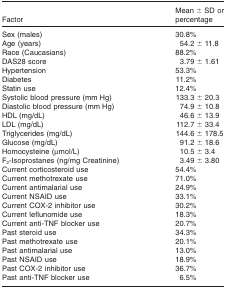
<table><thead><tr><td><b>Factor</b></td><td><b>Mean ± SD or percentage</b></td></tr></thead><tbody><tr><td>Sex (males)</td><td>30.8%</td></tr><tr><td>Age (years)</td><td>54.2 ± 11.8</td></tr><tr><td>Race (Caucasians)</td><td>88.2%</td></tr><tr><td>DAS28 score</td><td>3.79 ± 1.61</td></tr><tr><td>Hypertension</td><td>53.3%</td></tr><tr><td>Diabetes</td><td>11.2%</td></tr><tr><td>Statin use</td><td>12.4%</td></tr><tr><td>Systolic blood pressure (mm Hg)</td><td>133.3 ± 20.3</td></tr><tr><td>Diastolic blood pressure (mm Hg)</td><td>74.9 ± 10.8</td></tr><tr><td>HDL (mg/dL)</td><td>46.6 ± 13.9</td></tr><tr><td>LDL (mg/dL)</td><td>112.7 ± 33.4</td></tr><tr><td>Triglycerides (mg/dL)</td><td>144.6 ± 178.5</td></tr><tr><td>Glucose (mg/dL)</td><td>91.2 ± 18.6</td></tr><tr><td>Homocysteine (μmol/L)</td><td>10.5 ± 3.4</td></tr><tr><td>F<sub>2</sub>-Isoprostanes (ng/mg Creatinine)</td><td>3.49 ± 3.80</td></tr><tr><td>Current corticosteroid use</td><td>54.4%</td></tr><tr><td>Current methotrexate use</td><td>71.0%</td></tr><tr><td>Current antimalarial use</td><td>24.9%</td></tr><tr><td>Current NSAID use</td><td>33.1%</td></tr><tr><td>Current COX-2 inhibitor use</td><td>30.2%</td></tr><tr><td>Current leflunomide use</td><td>18.3%</td></tr><tr><td>Current anti-TNF blocker use</td><td>20.7%</td></tr><tr><td>Past steroid use</td><td>34.3%</td></tr><tr><td>Past methotrexate use</td><td>20.1%</td></tr><tr><td>Past antimalarial use</td><td>13.0%</td></tr><tr><td>Past NSAID use</td><td>18.9%</td></tr><tr><td>Past COX-2 inhibitor use</td><td>36.7%</td></tr><tr><td>Past anti-TNF blocker use</td><td>6.5%</td></tr></tbody></table>